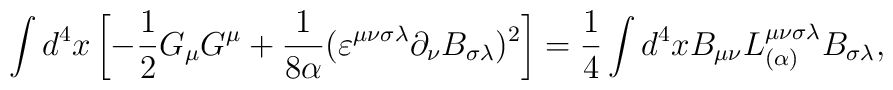
\int d^{4} x \left[ - \frac{1}{2} G_{\mu} G^{\mu} +   \frac{1}{8 \alpha} (\varepsilon^{\mu\nu\sigma\lambda} \partial_{\nu}  B_{\sigma\lambda})^{2} \right]  = \nonumber \\  \frac{1}{4} \int d^{4} x B_{\mu\nu} L^{\mu\nu\sigma\lambda}_{(\alpha)}  B_{\sigma\lambda},